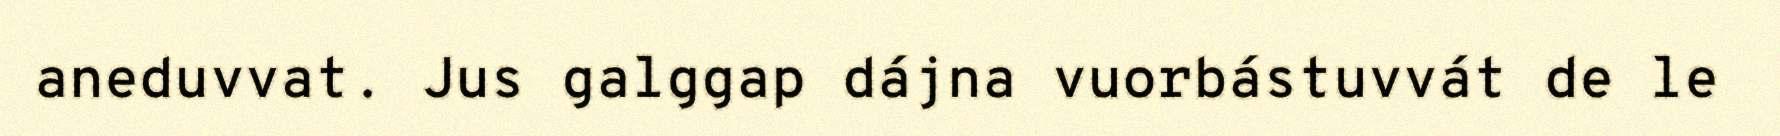
aneduvvat. Jus galggap dájna vuorbástuvvát de le